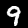
Label: 9